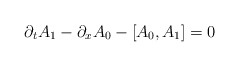
\begin{align*}\partial_{t} A_{1} - \partial_{x} A_{0} - \left[ A_{0} , A_{1}\right]= 0\end{align*}